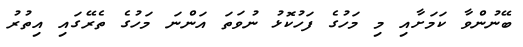
ބޭނުންވާ ކަމަށާއި މި މަހުގެ ފަހުކޮޅު ނުވަތަ އަންނަ މަހުގެ ތެރޭގައި އިތުރު